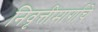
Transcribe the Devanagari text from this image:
निवृत्तीमार्गाचे